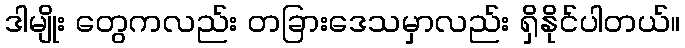
ဒါမျိုး တွေကလည်း တခြားဒေသမှာလည်း ရှိနိုင်ပါတယ်။